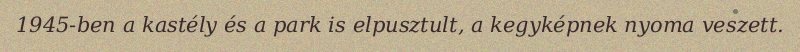
1945-ben a kastély és a park is elpusztult, a kegyképnek nyoma veszett.